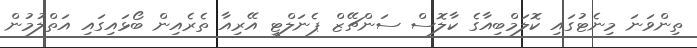
ތިންވަނަ މިނެޓުގައި ކޮލަމްބިއާގެ ކާލޮސް ސަންޗޭޒް ޕެނަލްޓީ އޭރިއާ ތެރެއިން ބޯޅައިގައި އަތްލުމުން